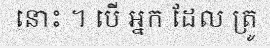
នោះ ។ បើ អ្នក ដែល ត្រូ